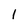
Character: I